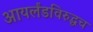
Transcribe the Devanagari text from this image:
आयर्लंडविरुद्धच